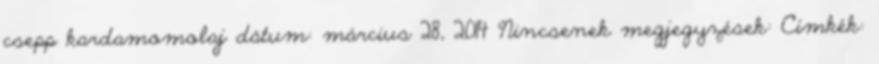
csepp kardamomolaj dátum: március 28, 2014 Nincsenek megjegyzések: Címkék: